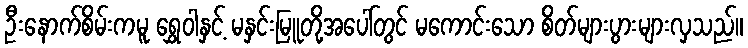
ဦးနောက်စိမ်းကမူ ရွှေဝါနှင့် မနှင်းမြူတို့အပေါ်တွင် မကောင်းသော စိတ်များပွားများလှသည်။